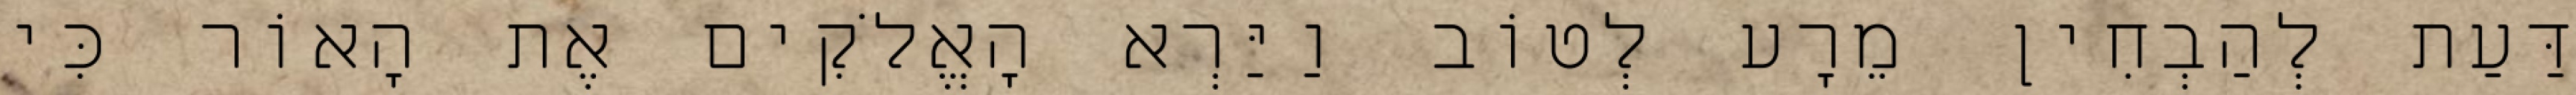
דַּעַת לְהַבְחִין מֵרָע לְטוֹב וַיַּרְא הָאֱלֹקִים אֶת הָאוֹר כִּי